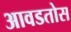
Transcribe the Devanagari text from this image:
आवडतोस